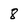
Character: 8